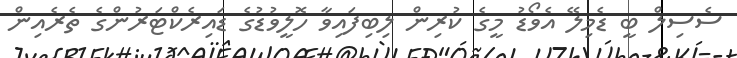
ސެސިލް ބީ ޑެމިލޭ އެވޯޑު މީގެ ކުރިން ލިބިފައިވާ ހޮލީވުޑުގެ ޑައިރެކްޓަރުންގެ ތެރެއިން